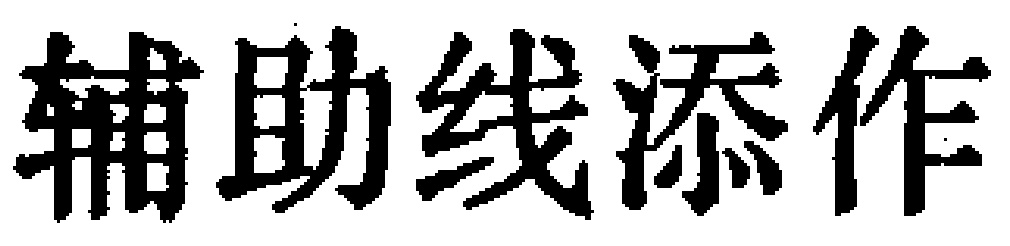
辅助线添作